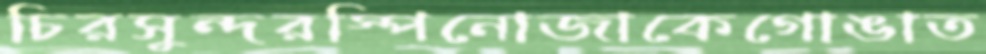
চিরসুন্দরস্পিনোজাকেগোঙাত